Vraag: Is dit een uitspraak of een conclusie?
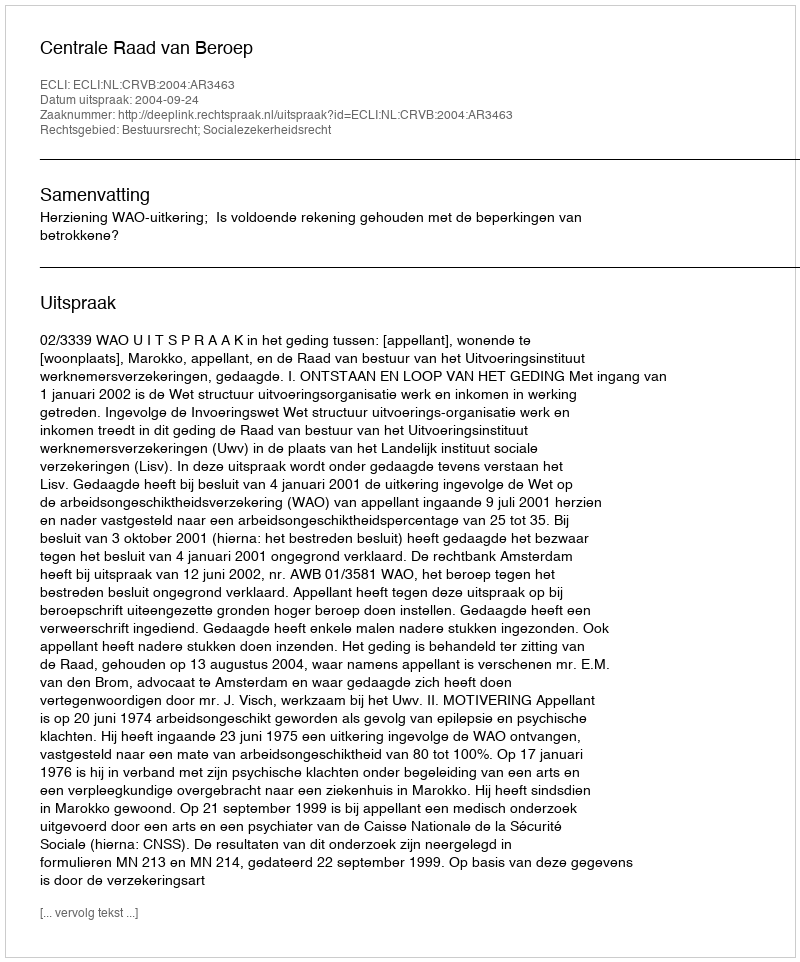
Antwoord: Uitspraak